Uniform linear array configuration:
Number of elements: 4
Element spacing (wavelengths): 0.25
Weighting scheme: blackman
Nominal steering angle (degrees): -30
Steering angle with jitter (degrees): -31.686
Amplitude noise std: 0.05
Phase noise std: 0.05

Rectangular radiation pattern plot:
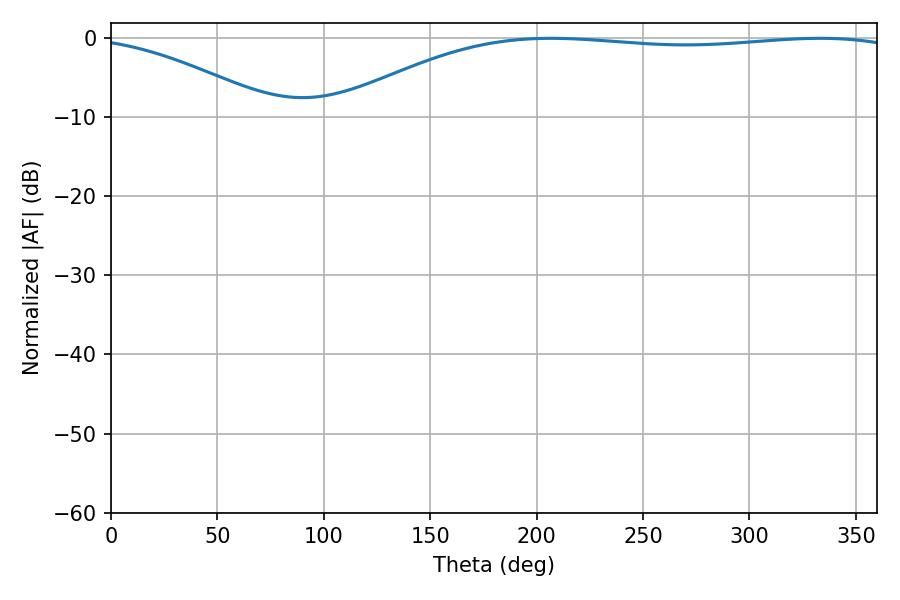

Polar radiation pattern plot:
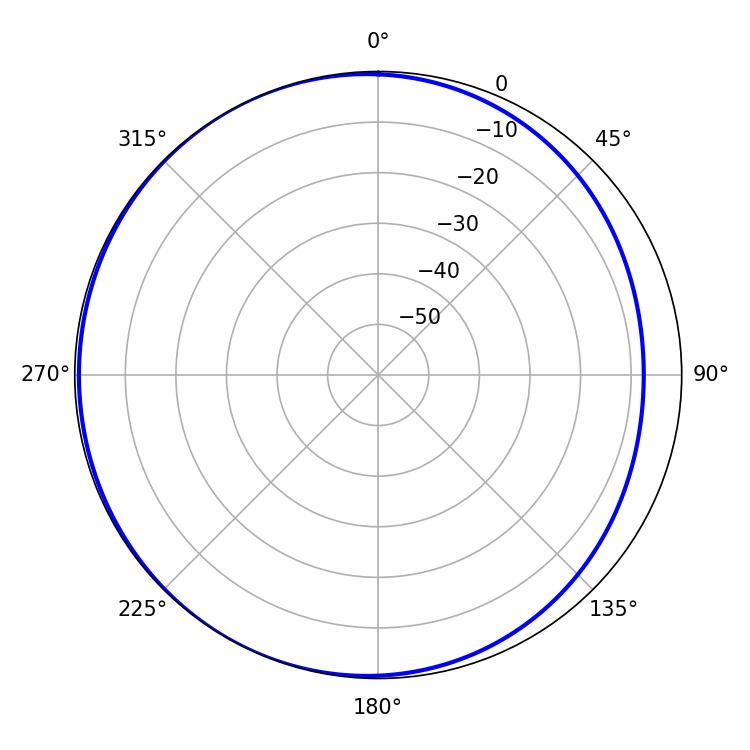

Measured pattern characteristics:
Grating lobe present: FALSE
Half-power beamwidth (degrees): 213.3
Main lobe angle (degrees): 333.18